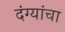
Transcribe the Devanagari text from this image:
दंग्यांचा